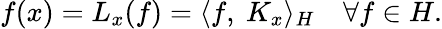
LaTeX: f(x)=L_{x}(f)=\langle f,\ K_{x}\rangle_{H}\quad\forall f\in H.